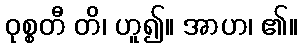
ဝုစ္စတီ တိ၊ ဟူ၍။ အာဟ၊ ၏။